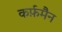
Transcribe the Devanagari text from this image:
कर्फ़मैन